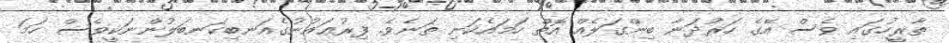
ތާރީހުގައި ވެސް އޭގެ ހަރުދަނާ ބިންގަލެއް އޮތް ހަމައެކަނި ތަނެވެ. ފިރުޢައުނުގެއަނބިކަނބަލުންނަކީވެސް ހަމަ